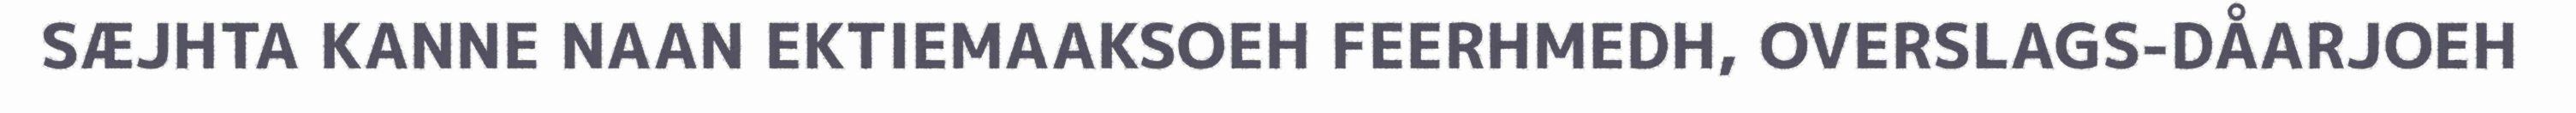
SÆJHTA KANNE NAAN EKTIEMAAKSOEH FEERHMEDH, OVERSLAGS-DÅARJOEH